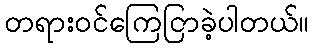
တရားဝင်ကြေငြာခဲ့ပါတယ်။